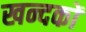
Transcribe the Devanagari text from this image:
खन्दकों